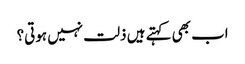
اب بھی کہتے ہیں ذلت نہیں ہوتی؟